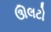
ઊલટો